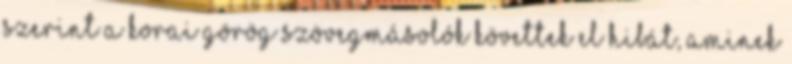
szerint a korai görög szövegmásolók követtek el hibát, aminek